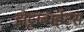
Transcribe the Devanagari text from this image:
झेट्टाबाईट्स